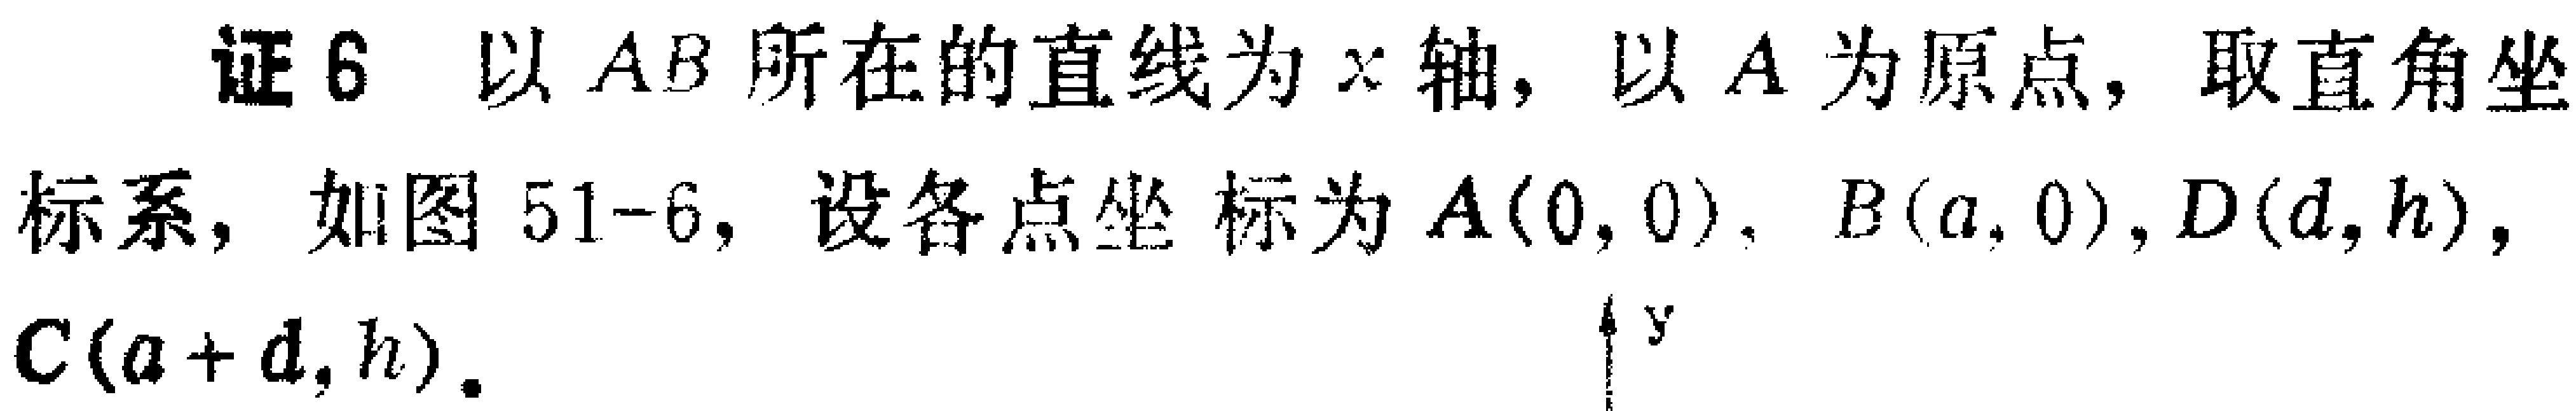
证6 以 \(AB\) 所在的直线为 \(x\) 轴，以 \(A\) 为原点，取直角坐标系，如图 \(51 - 6\)，设各点坐标为 \(A(0,0)\)，\(B(a,0)\)，\(D(d,h)\)，\(C(a + d,h)\)。